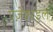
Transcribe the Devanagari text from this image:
एज़ेकाइल